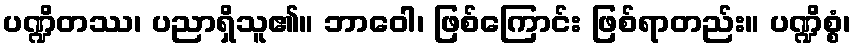
ပဏ္ဍိတဿ၊ ပညာရှိသူ၏။ ဘာဝေါ၊ ဖြစ်ကြောင်း ဖြစ်ရာတည်း။ ပဏ္ဍိစ္စံ၊